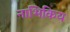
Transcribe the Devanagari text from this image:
नाभिकिय